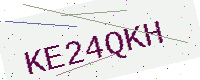
Text: KE24QKH